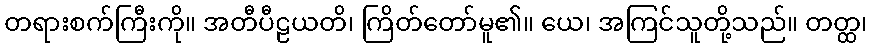
တရားစက်ကြီးကို။ အတီပီဠယတိ၊ ကြိတ်တော်မူ၏။ ယေ၊ အကြင်သူတို့သည်။ တတ္ထ၊